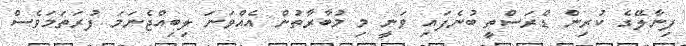
ފިނާލޭގެ ކުރިން ޑްރަސްތީ ބުނެފައި ވަނީ މި މުބާރާތުން އެއްވަނަ ލިބިއްޖެނަމަ ފުރަތަމަވެސް